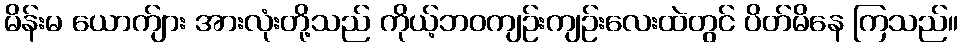
မိန်းမ ယောက်ျား အားလုံးတို့သည် ကိုယ့်ဘဝကျဉ်းကျဉ်းလေးထဲတွင် ပိတ်မိနေ ကြသည်။